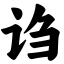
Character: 诌